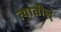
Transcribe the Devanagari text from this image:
त्यातील्